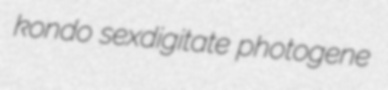
kondo sexdigitate photogene